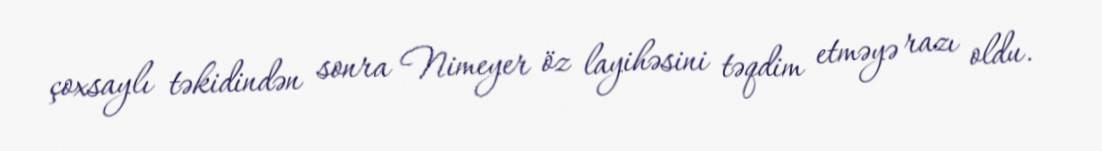
çoxsaylı təkidindən sonra Nimeyer öz layihəsini təqdim etməyə razı oldu.